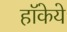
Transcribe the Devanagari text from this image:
हॉकेये